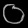
Digit: ၀